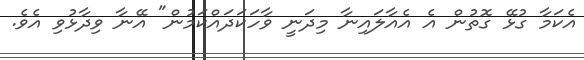
އެކަމާ ގުޅޭ ގޮތުން އެ އެއާލައިނާ މިދަނީ ވާހަކަދައްކަމުން" އޭނާ ވިދާޅުވި އެވެ.